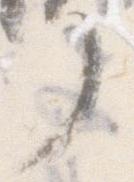
了